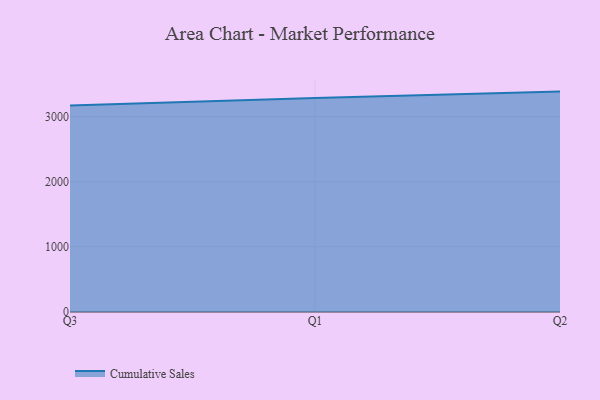
{"axis": {"x": "Quarter", "y": "Inventory Turnover"}, "legend": ["Cumulative Sales"], "data": [{"x": "Q3", "y": 3170.9, "type": "Cumulative Sales"}, {"x": "Q1", "y": 3283.5, "type": "Cumulative Sales"}, {"x": "Q2", "y": 3382.4, "type": "Cumulative Sales"}]}